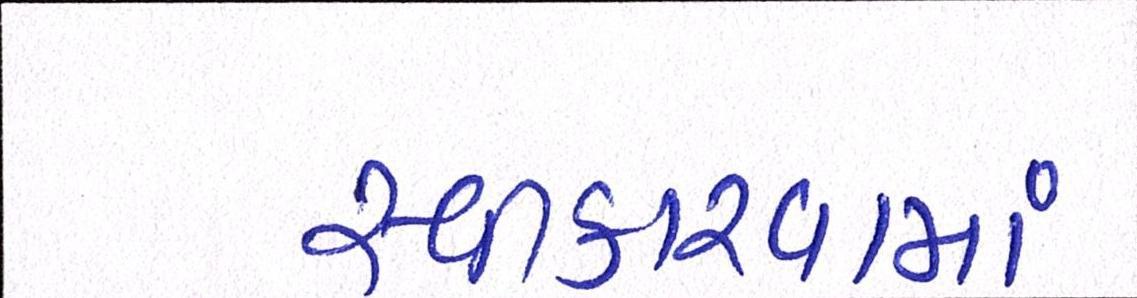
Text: સ્વીકારવામાં